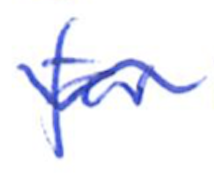
Text: for
Cross-out: wave
Writing tool: ballpoint